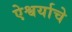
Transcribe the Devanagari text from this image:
ऐश्वर्याचे